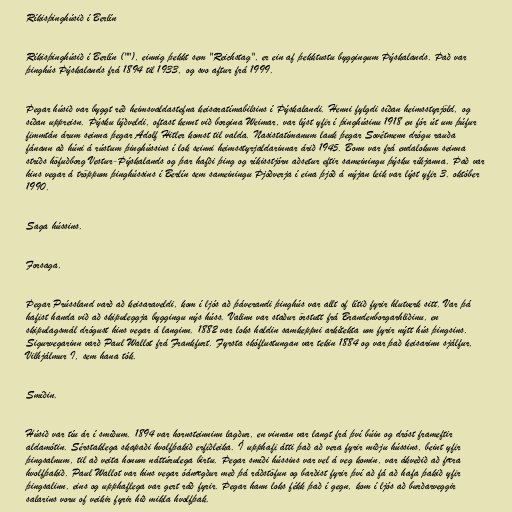
Ríkisþinghúsið í Berlín

Ríkisþinghúsið í Berlín (""), einnig þekkt sem "Reichstag", er ein af þekktustu byggingum Þýskalands. Það var
þinghús Þýskalands frá 1894 til 1933, og svo aftur frá 1999.

Þegar húsið var byggt réð heimsvaldastefna keisaratímabilsins í Þýskalandi. Henni fylgdi síðan heimsstyrjöld, og
síðan uppreisn. Þýsku lýðveldi, oftast kennt við borgina Weimar, var lýst yfir í þinghúsinu 1918 en fór út um þúfur
fimmtán árum seinna þegar Adolf Hitler komst til valda. Nasistatímanum lauk þegar Sovétmenn drógu rauða
fánann að húni á rústum þinghússins í lok seinni heimsstyrjaldarinnar árið 1945. Bonn var frá endalokum seinna
stríðs höfuðborg Vestur-Þýskalands og þar hafði þing og ríkisstjórn aðsetur eftir sameiningu þýsku ríkjanna. Það var
hins vegar á tröppum þinghússins í Berlín sem sameiningu Þjóðverja í eina þjóð á nýjan leik var lýst yfir 3. október
1990.

Saga hússins.

Forsaga.

Þegar Prússland varð að keisaraveldi, kom í ljós að þáverandi þinghús var allt of lítið fyrir hlutverk sitt. Var þá
hafist handa við að skipuleggja byggingu nýs húss. Valinn var staður örstutt frá Brandenborgarhliðinu, en
skipulagsmál drógust hins vegar á langinn. 1882 var loks haldin samkeppni arkítekta um fyrir nýtt hús þingsins.
Sigurvegarinn varð Paul Wallot frá Frankfurt. Fyrsta skóflustungan var tekin 1884 og var það keisarinn sjálfur,
Vilhjálmur I, sem hana tók.

Smíðin.

Húsið var tíu ár í smíðum. 1894 var hornsteinninn lagður, en vinnan var langt frá því búin og dróst frameftir
aldamótin. Sérstaklega skapaði hvolfþakið erfiðleika. Í upphafi átti það að vera fyrir miðju hússins, beint yfir
þingsalnum, til að veita honum náttúrulega birtu. Þegar smíði hússins var vel á veg komin, var ákveðið að færa
hvolfþakið. Paul Wallot var hins vegar óánægður með þá ráðstöfun og barðist fyrir því að fá að hafa þakið yfir
þingsalinn, eins og upphaflega var gert ráð fyrir. Þegar hann loks fékk það í gegn, kom í ljós að burðarveggir
salarins voru of veikir fyrir hið mikla hvolfþak.